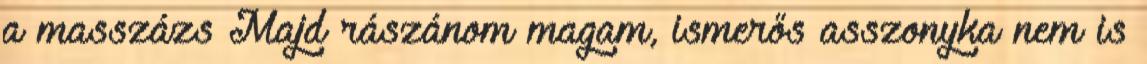
a masszázs Majd rászánom magam, ismerős asszonyka nem is